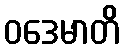
ဝဒေမာတိ